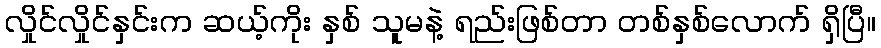
လှိုင်လှိုင်နှင်းက ဆယ့်ကိုး နှစ် သူမနဲ့ ရည်းဖြစ်တာ တစ်နှစ်လောက် ရှိပြီ။